Relation of titanus [i.e. tetanus] to the hypodermic or intramuscular injection of quinine - Number 43
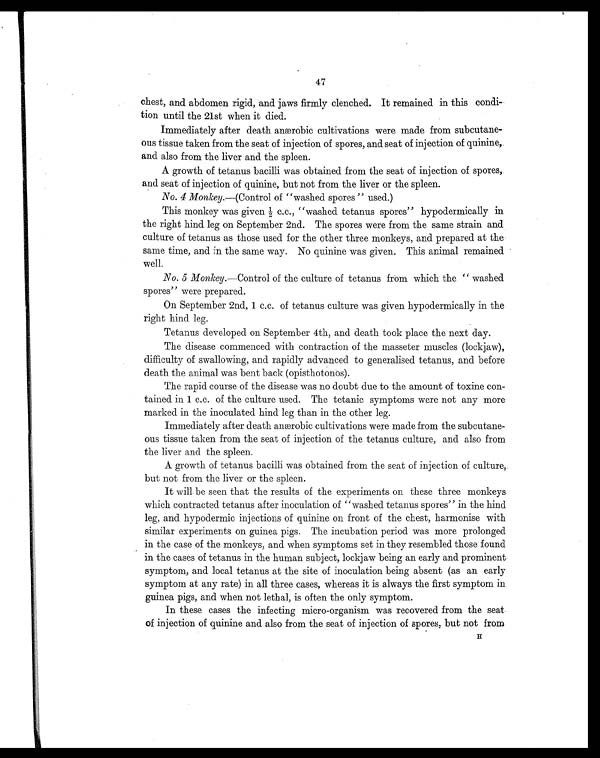
47
chest, and abdomen rigid, and jaws firmly clenched. It remained in this condi
-tion until the 21st when it died.
Immediately after death anærobic cultivations were made from subcutane
ous tissue taken from the seat of injection of spores, and seat of injection of quinine,.
and also from the liver and the spleen.
A growth of tetanus bacilli was obtained from the seat of injection of spores,
and seat of injection of quinine, but not from the liver or the spleen.
No. 4 Monkey .—(Control of "washed spores " used.)
This monkey was given ½ c.c., "washed tetanus spores" hypodermically in
the right hind leg on September 2nd. The spores were from the same strain and
culture of tetanus as those used for the other three monkeys, and prepared at the
same time, and in the same way. No quinine was given. This animal remained
well.
No. 5 Monkey.—Control of the culture of tetanus from which the " washed
spores" were prepared.
On September 2nd, 1 c.c. of tetanus culture was given hypodermically in the
right hind leg.
Tetanus developed on September 4th, and death took place the next day.
The disease commenced with contraction of the masseter muscles (lockjaw),
difficulty of swallowing, and rapidly advanced to generalised tetanus, and before
death the animal was bent back (opisthotonos).
The rapid course of the disease was no doubt due to the amount of toxine con
- i n e d i n 1 c . c . o f t h e c u l t u r e u s e d . T h e t e t a n i c s y m p t o m s w e r e n o t a n y m o r e
marked in the inoculated hind leg than in the other leg.
Immediately after death anærobic cultivations were made from the subcutane
o u s t i s s u e t a k e n f r o m t h e s e a t o f i n j e c t i o n o f t h e t e t a n u s c u l t u r e , a n d a l s o f r o m
the liver and the spleen.
A growth of tetanus bacilli was obtained from the seat of injection of culture,.
but not from the liver or the spleen.
It will. be seen that the results of the experiments on these three monkeys
which contracted tetanus after inoculation of "washed tetanus spores" in the hind
leg, and hypodermic injections of quinine on front of the chest, harmonise with
similar experiments on guinea pigs. The incubation period was more prolonged
in the case of the monkeys, and when symptoms set in they resembled those found
in the cases of tetanus in the human subject, lockjaw being an early and prominent
symptom, and local tetanus at the site of inoculation being absent (as an early
symptom at any rate) in all three cases, whereas it is always the first symptom in
guinea pigs, and when not lethal, is often the only symptom.
In these cases the infecting micro-organism was recovered from the seat.
of injection of quinine and also from the seat of injection of spores, but not from
H